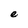
Character: e